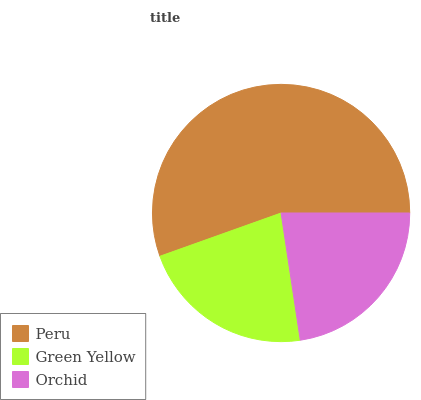
| Peru | Green Yellow | Orchid |
 | --- | --- | --- |
 | 55.4% | 22% | 22.6% |